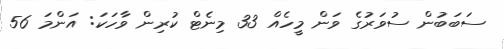
ސަބަބުން ސުވަރުގެ ވަން މީހެއް 33 މިނެޓް ކުރިން ވާހަކަ: އަންމަ 56